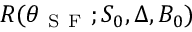
R ( \theta _ { \mathrm { ~ S ~ F ~ } } ; S _ { 0 } , \Delta , B _ { 0 } )